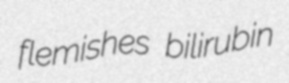
flemishes bilirubin